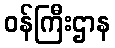
ဝန်ကြီးဌာန